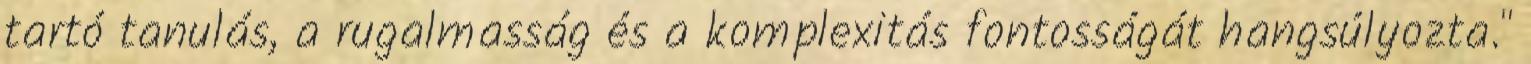
tartó tanulás, a rugalmasság és a komplexitás fontosságát hangsúlyozta."